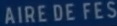
AIREDEFES